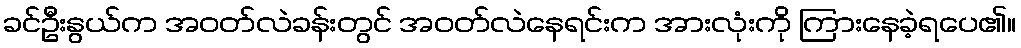
ခင်ဦးနွယ်က အဝတ်လဲခန်းတွင် အဝတ်လဲနေရင်းက အားလုံးကို ကြားနေခဲ့ရပေ၏။